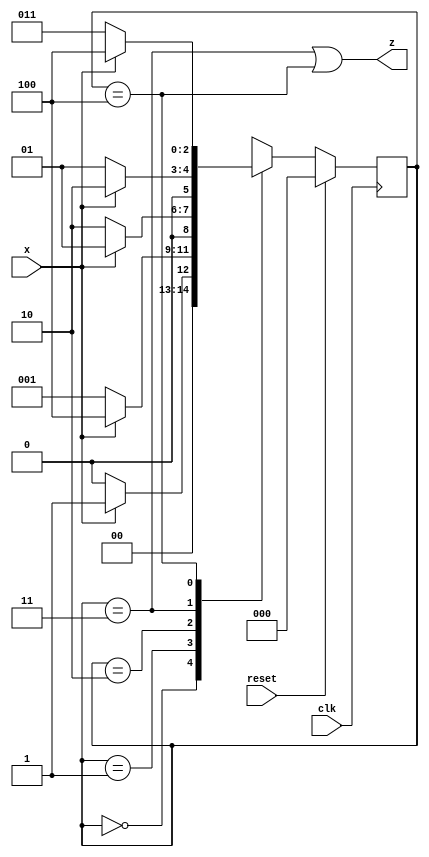
module top_module (
    input clk,
    input reset,   // Synchronous reset
    input x,
    output z
);
    parameter [2:0] A=3'b000,B=3'b001,C=3'b010,D=3'b011,E=3'b100;
    reg [2:0] ns, ps;
    
    always@(*)begin
        case(ps)
            A: ns = x? B:A;
            B: ns = x? E:B;
            C: ns = x? B:C;
            D: ns = x? C:B;
            E: ns = x? E:D;
            default: ns = 3'bxxx;
        endcase
    end
    
    always@(posedge clk)begin 
        if(reset)
            ps <= A;
        else
            ps <=ns;
    end
    
    assign z = (ps==D) | (ps==E);

endmodule